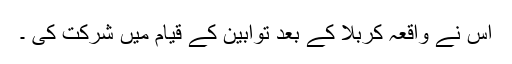
اس نے واقعہ کربلا کے بعد توابین کے قیام میں شرکت کی ۔